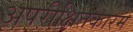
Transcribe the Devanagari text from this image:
अपरीक्षितकारम